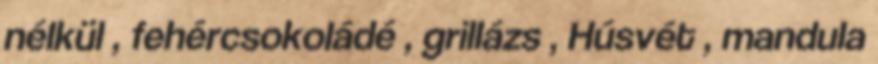
nélkül , fehércsokoládé , grillázs , Húsvét , mandula